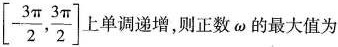
[-\frac{3π}{2} ，\frac{3π}{2} ] 上单调递增，则正数\omega 的最大值为